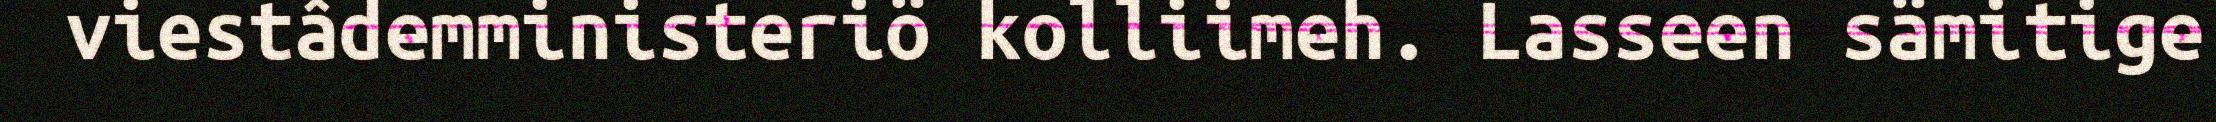
viestâdemministeriö kolliimeh. Lasseen sämitige